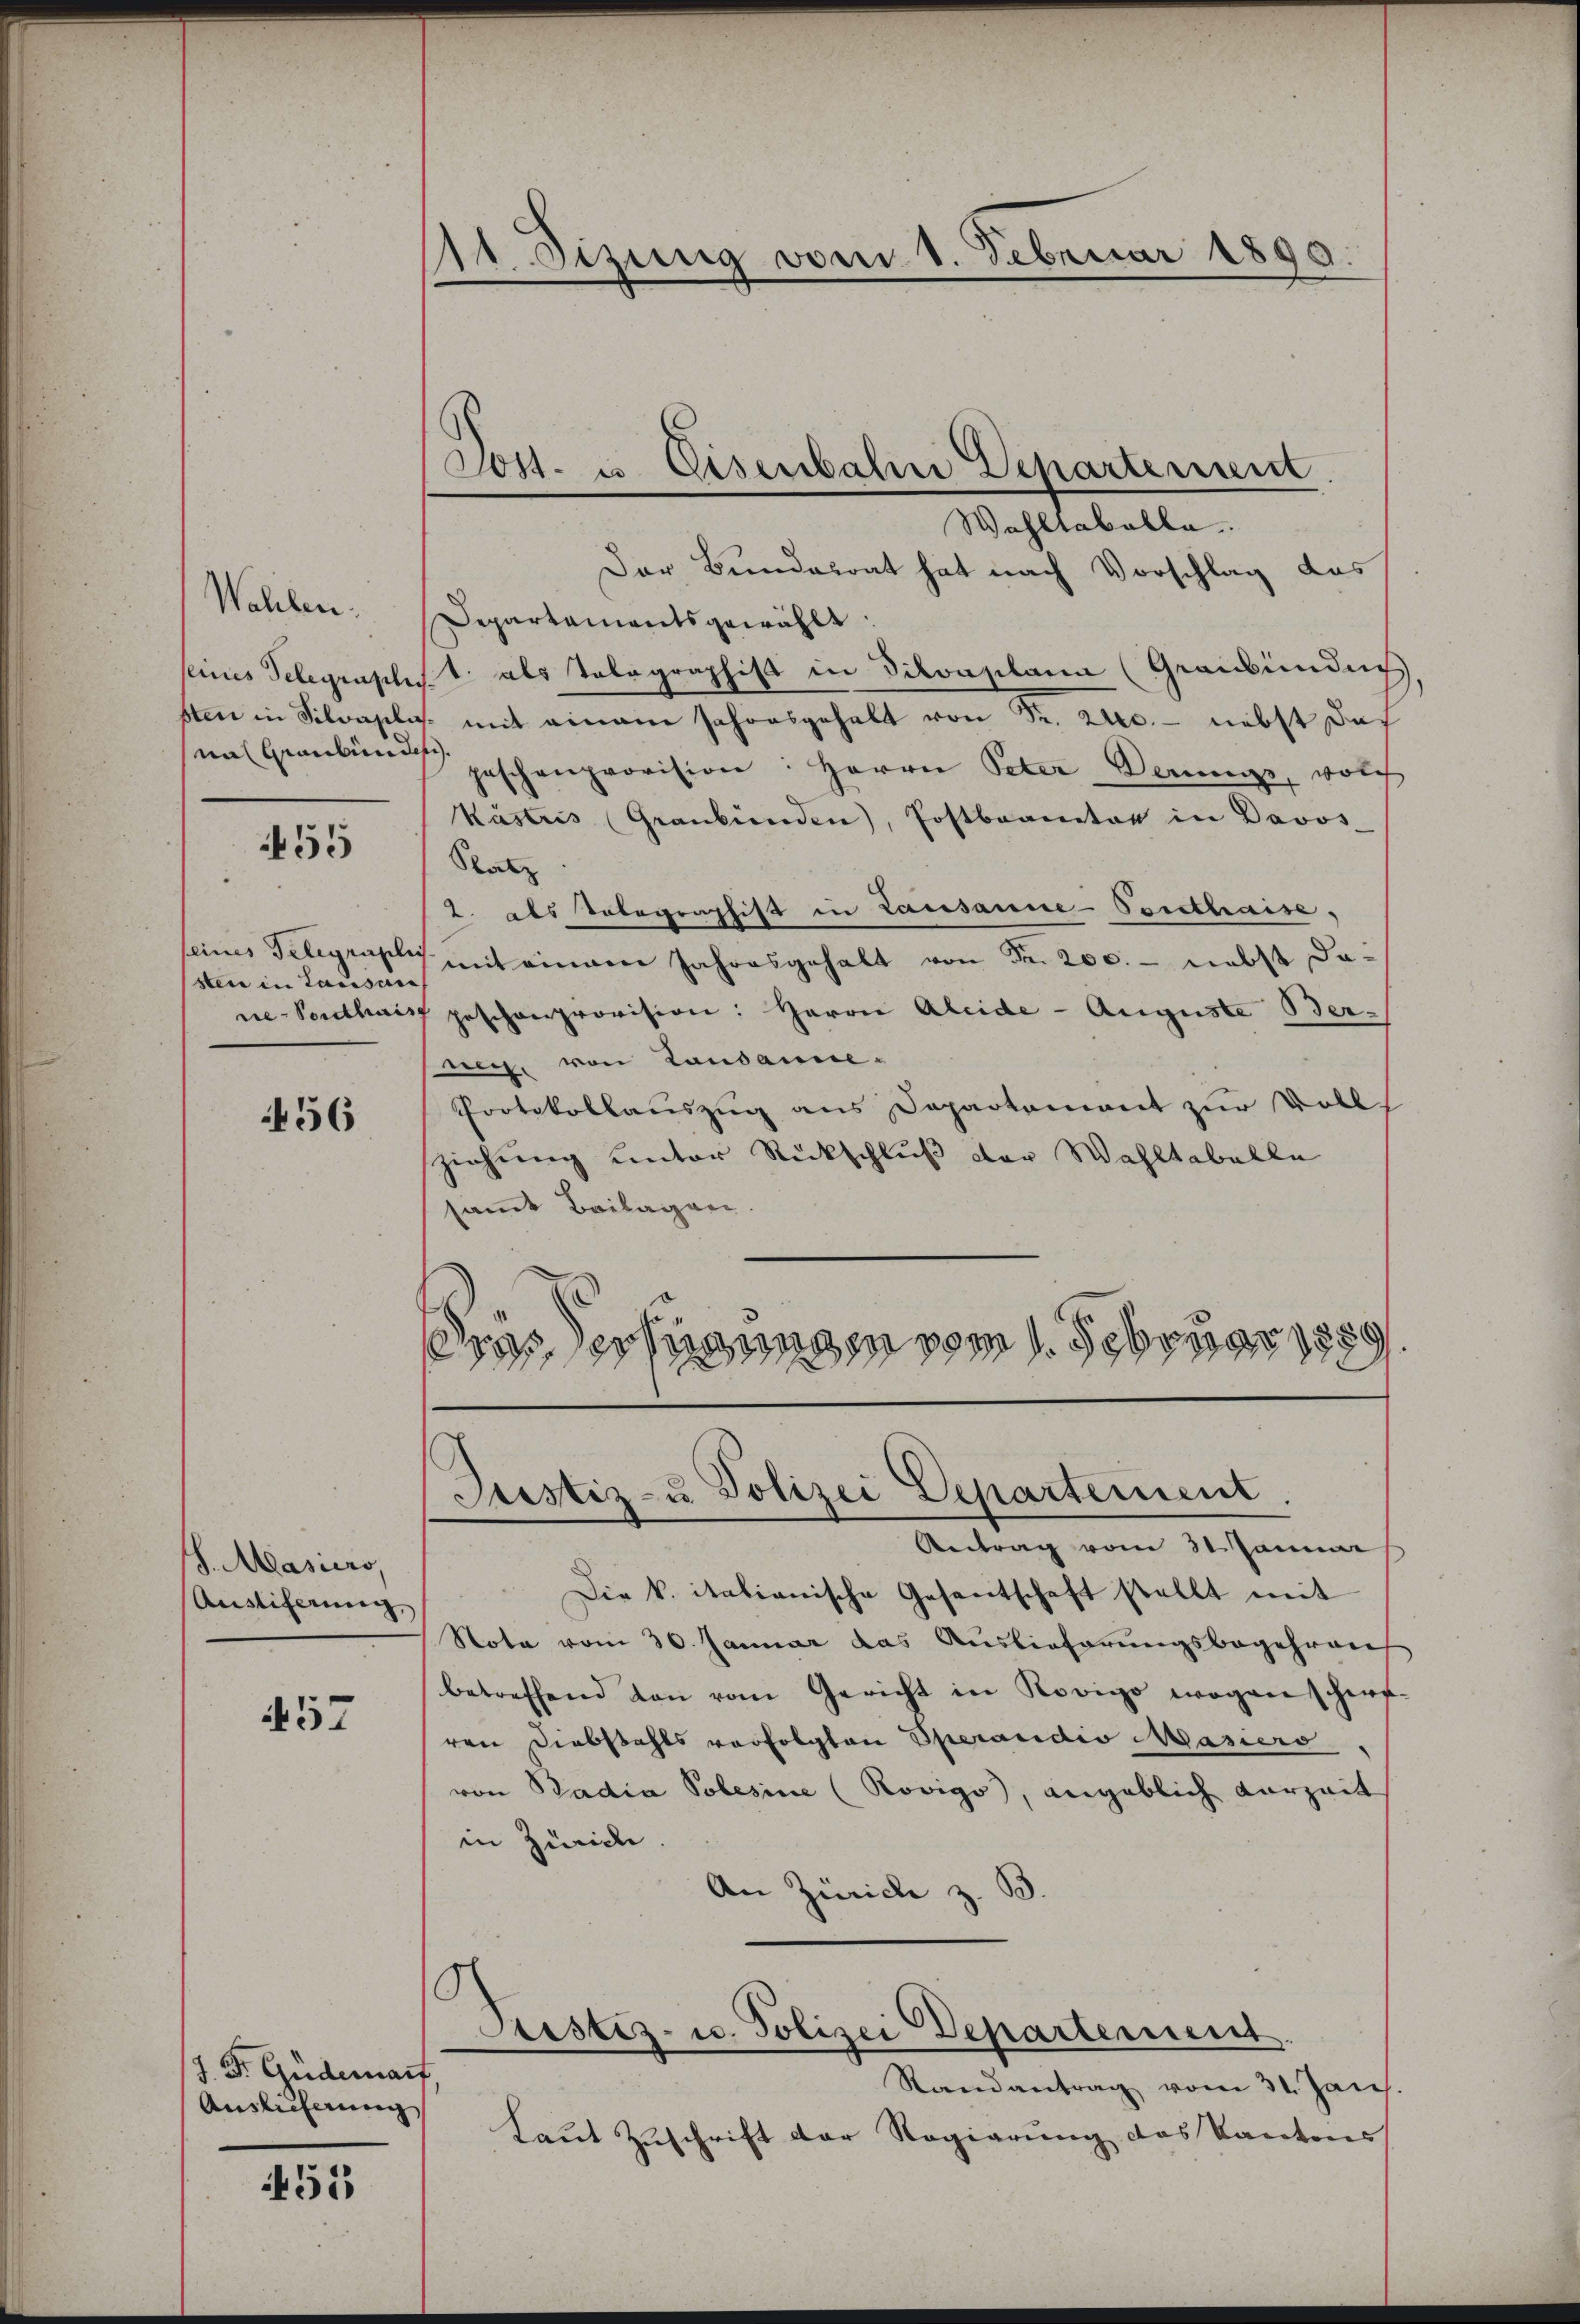
Waliben.
seines Telegensili
sten in Schwasili
na Graubünde

455

seines Telegraphi
sten in Lausass
re-Pordthaus

456

S. Masiero
Austiferung,

457

J. Dr. Guderart
Auslieferung

455

11. Sizung vom 1. Februar 1890

Sost- u. Eisenbahne Departement

Wahltaballa
Der Bundesrat hat nach Vorschlag das
Departainants gewählt.
st. als Telegraphist in Silvaplana (Graubündni
. mit einem Jahresgehalt von Sr. 240. - nebst das
s.
peschenprovision: Herrn Peter Demmes, welch
Kästris (Graubünden, Postbranter in Davos-
Satz
2. als Tobegraphist in Lausanne-Porthaise.
mit einem Jahresgehalt von Fr. 200. - nebst dageschenprovision: Herrn Aleide - Auguste Berech, von Landamne-
Protokollauszug aus Departement zur Voll-
ziehung unter Rückschluß der Wahltabelle
samt Beilagen
ras Verfügungen vom 1. Februar 1889

Die k. italianische Gesantschaft stellt mit
Nota vom 30. Januar das Auslieferungsbegehren
betreffend von vom Gericht in Rovigo wegen scherf-
ren Diebstahls verfolgten Operandio Masiers
von Padia Polesine (Rovigo, angeblich vorzeit
in Zürich
An Zürich z. B.
Sistiz- u. Polizei Departement.
Randantrag vom 31. Jan
Laut Zuschrift der Regierung des Kantons

Justiz- u Polizei Departement.
Beitrag vom St. Janne